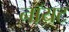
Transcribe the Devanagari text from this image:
नॉयट